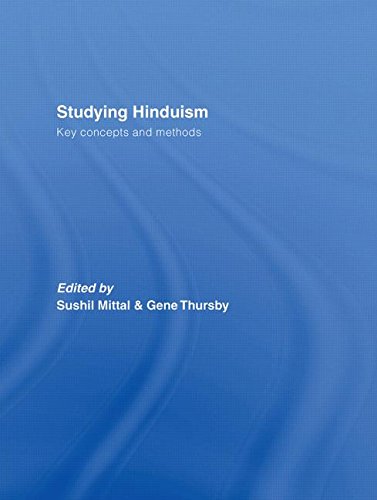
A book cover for Studying Hinduism: Key Concepts and Methods; Religion & Spirituality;